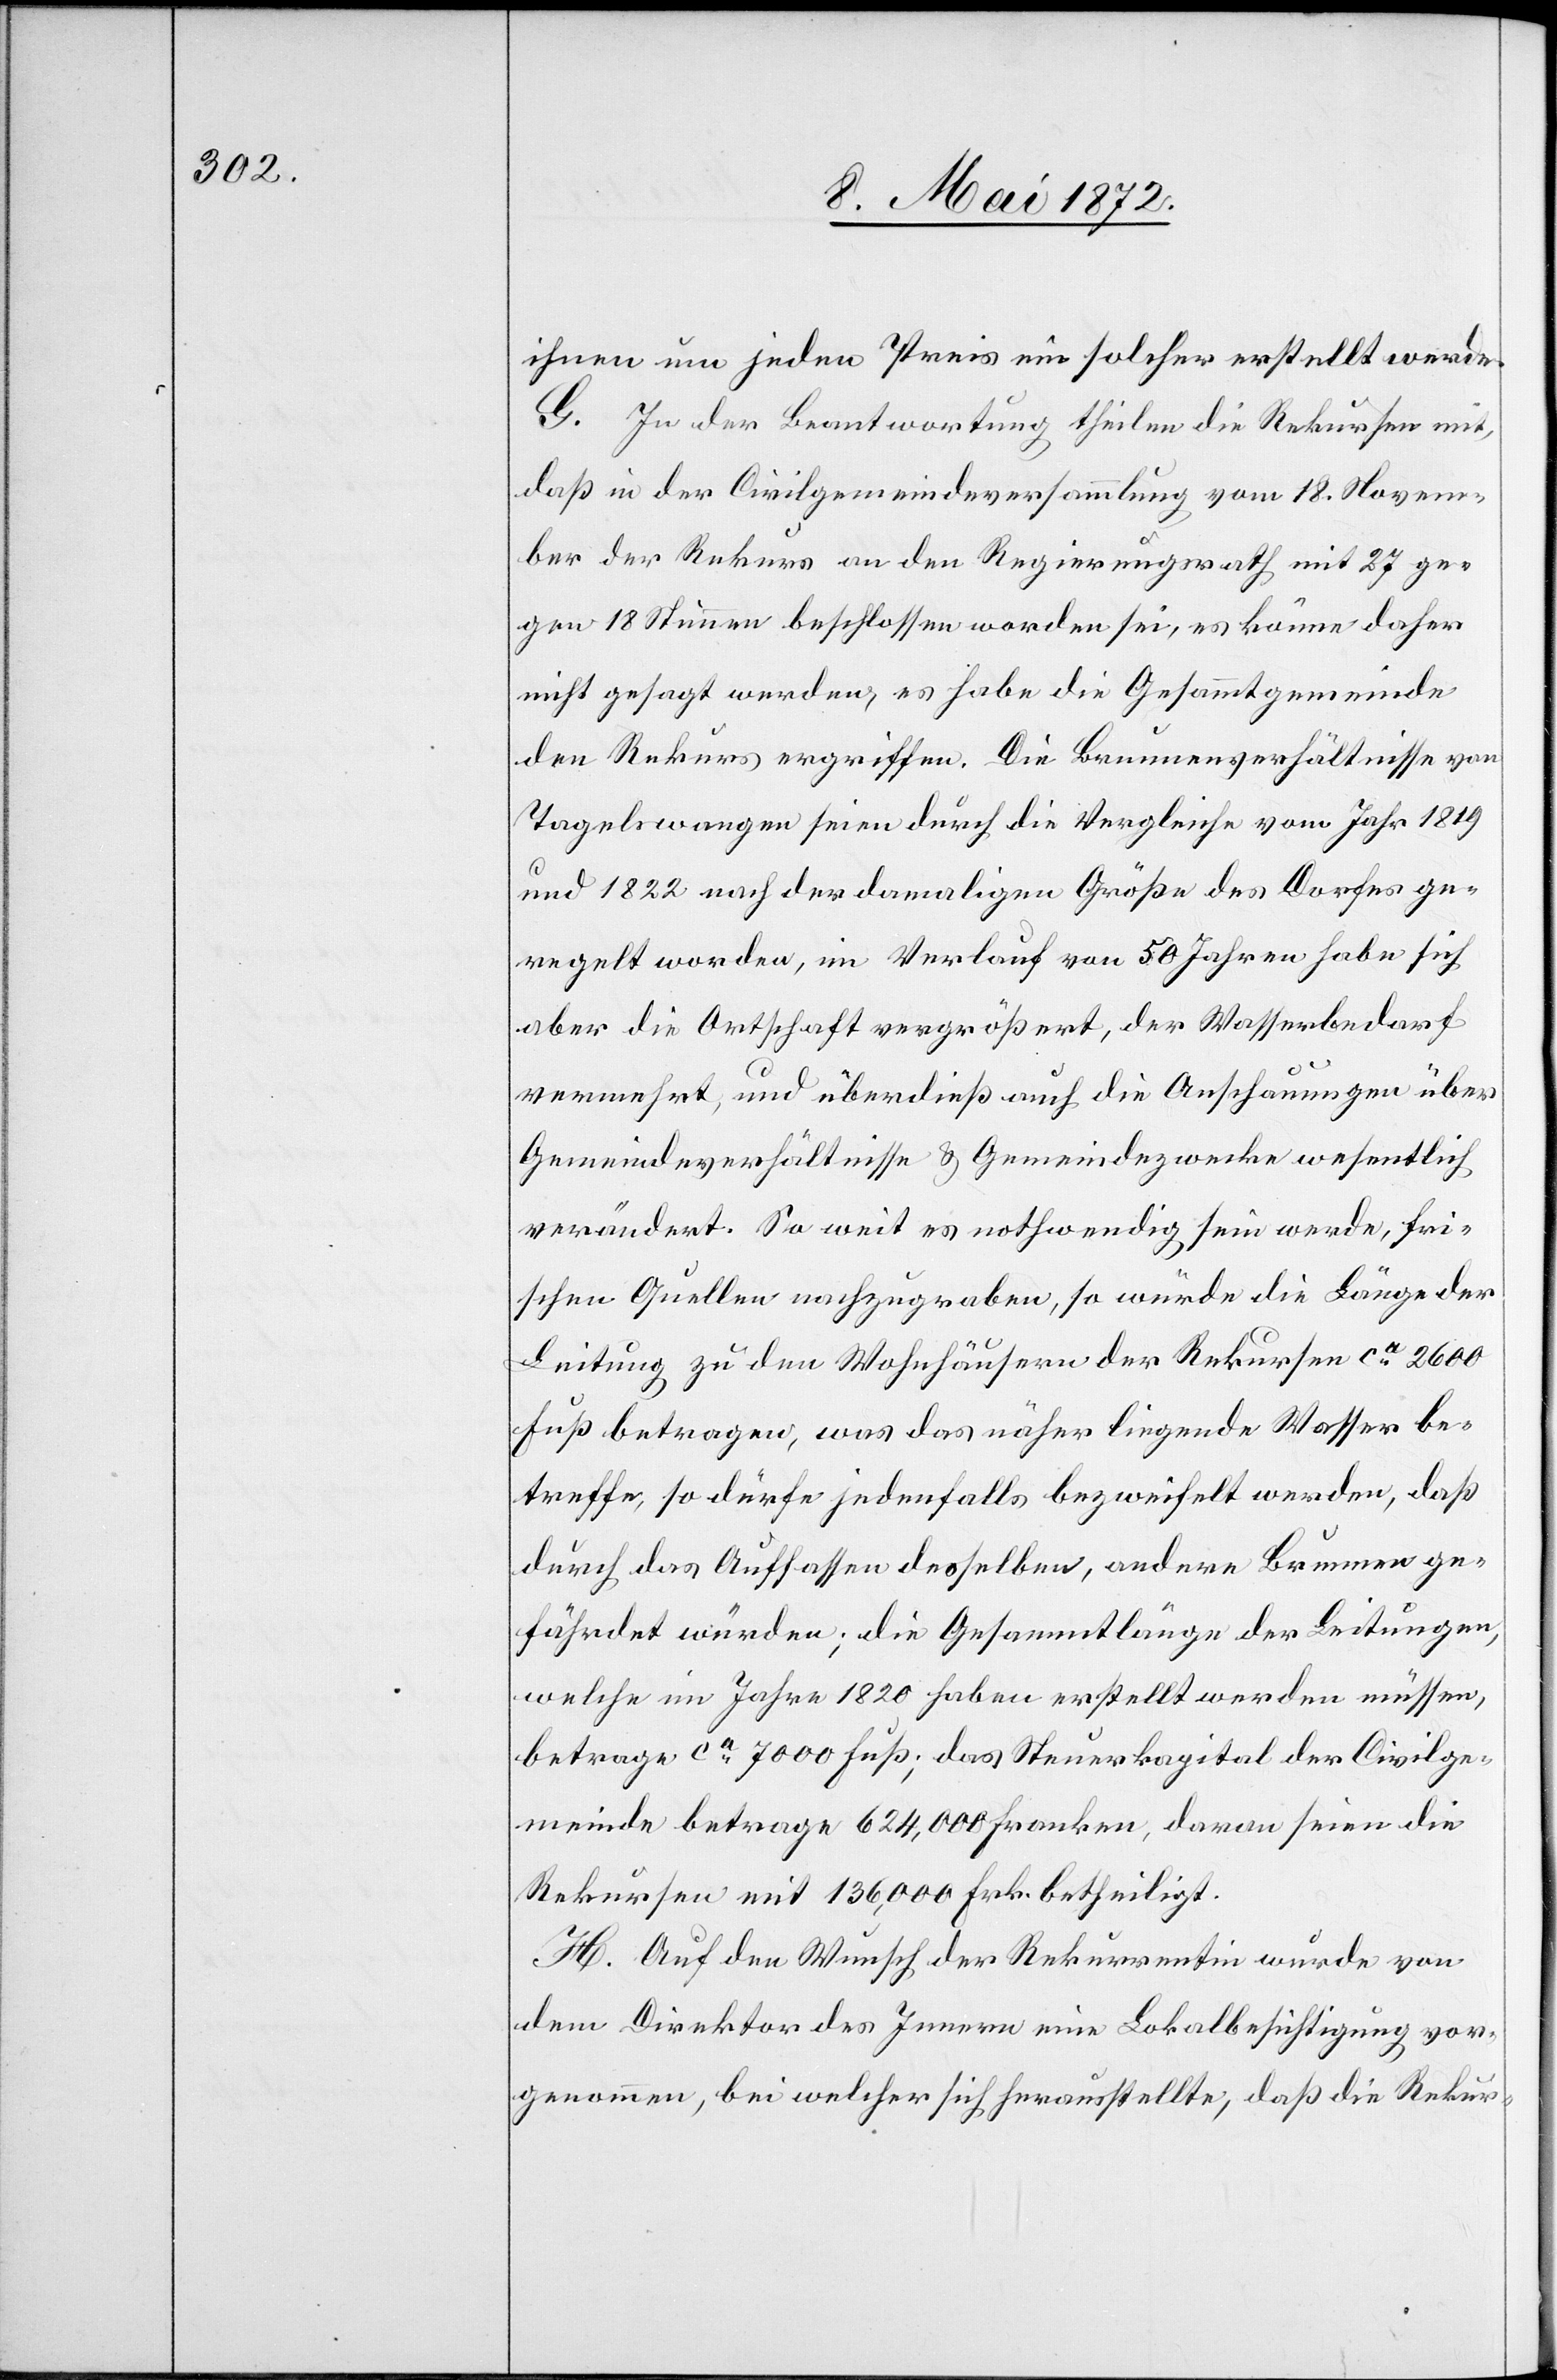
ihnen um jeden Preis nun solcher erstellt werde.
G. In der Beantwortung theilen die Rekursen mit,
daß in der Civilgemeindeversammlung vom 18. Novem¬
ber der Rekurs an den Regierungsrath mit 27 ge¬
gen 18 Stimmen beschlossen worden sei, es könne daher
nicht gesagt werden, es habe die Gesammtgemeinde
den Rekurs ergriffen. Die Brunnenverhältnisse von
Tagelswangen seien durch die Vergleiche vom Jahr 1819
und 1822 nach der damaligen Größe des Dorfes ge¬
regelt worden, im Verlauf von 50 Jahren habe sich
aber die Ortschaft vergrößert, der Wasserbedarf
vermehrt, und überdieß auch die Anschauungen über
Gemeindeverhältnisse u. Gemeindezwecke wesentlich
verändert. So weit es nothwendig sein werde, fri¬
schen Quellen nachzugraben, so würde die Länge der
Leitung zu den Wohnhäusern der Rekursen ca 2600
Fuß betragen, was das näher ligende Wasser be¬
treffe, so dürfe jedenfalls bezweifelt werden, daß
durch das Auffassen desselben, andere Brunnen ge¬
fährdet würden; die Gesammtlänge der Leitungen,
welche im Jahre 1820 haben erstellt werden müssen,
betrage ca 7000 Fuß; das Steuerkapital der Civilge¬
meinde betrage 624,000 Franken, daran seien die
Rekursen mit 136,000 Frk. betheiligt.
H. Auf den Wunsch der Rekurrentin wurde von
dem Direktor des Innern eine Lokalbesichtigung vor¬
genommen, bei welcher sich herausstellte, daß die Rekur-